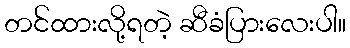
တင်ထားလို့ရတဲ့ ဆီခံပြားလေးပါ။